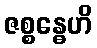
ဇစ္စန္ဓေဟိ